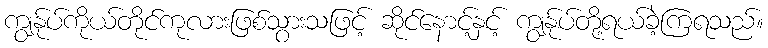
ကျွန်ုပ်ကိုယ်တိုင်ကုလားဖြစ်သွားသဖြင့် ဆိုင်နောင့်နှင့် ကျွန်ုပ်တို့ရယ်ခဲ့ကြရသည်။